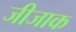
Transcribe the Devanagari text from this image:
जीजाक